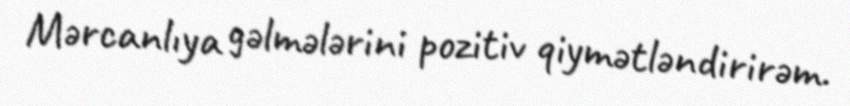
Mərcanlıya gəlmələrini pozitiv qiymətləndirirəm.